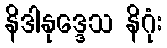
နိဒါနုဒ္ဒေသ နိဂုံး